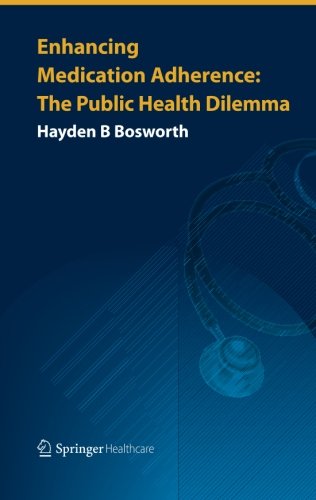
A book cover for Enhancing Medication Adherence: The Public Health Dilemma; Hayden B Bosworth; Medical Books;